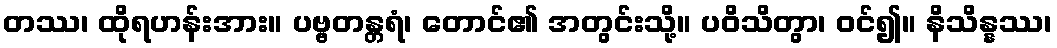
တဿ၊ ထိုရဟန်းအား။ ပဗ္ဗတန္တရံ၊ တောင်၏ အတွင်းသို့။ ပဝိသိတွာ၊ ဝင်၍။ နိသိန္နဿ၊